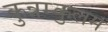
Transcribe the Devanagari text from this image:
कुन्नम्कुलम